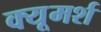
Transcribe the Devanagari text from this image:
क्यूमर्श